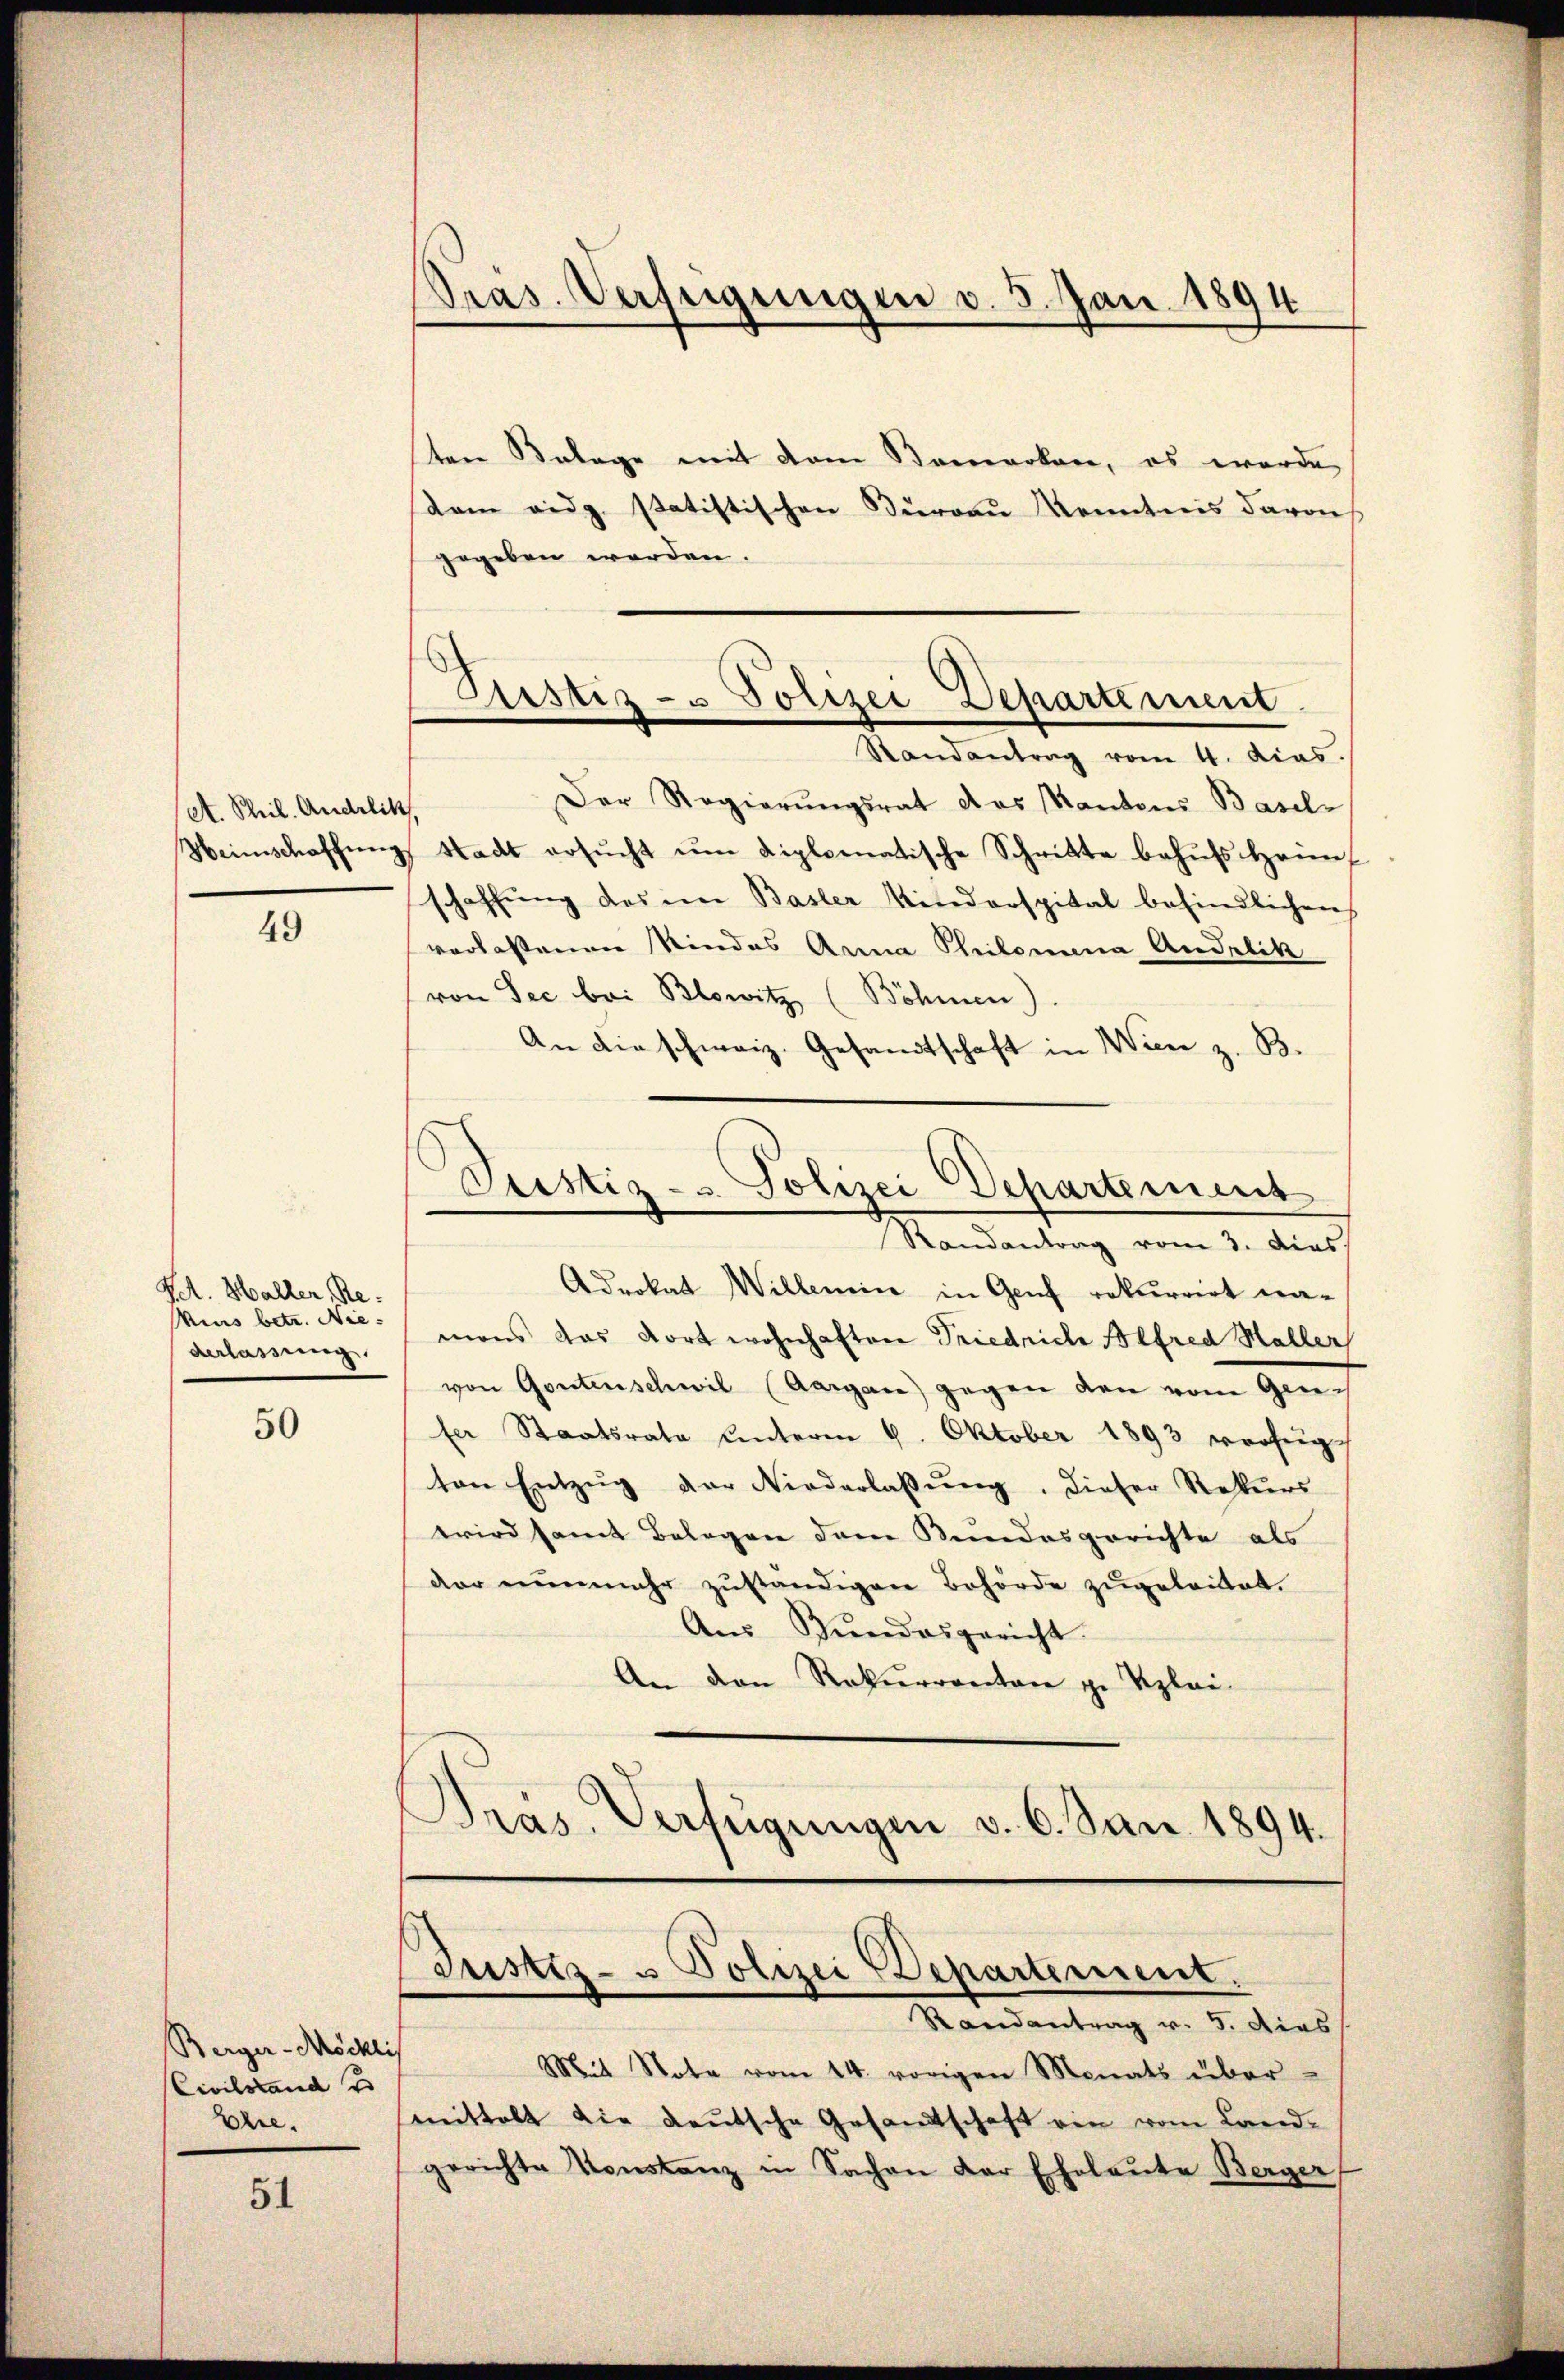
A. Phil. Andelik

49

Pct. Haller, Reverlassung.

50

Berger-Möckli
Civilstand u
Ehre.

51

ten Belage mit dem Bemerken, es werde,
kam eidg. statistischen Büreau Kenntnis davon
gegeben werden.
Der Regierungsrat des Kantons Basel-
Weinschaffung Stadt ersucht um diplomatische Schritte behufs Heimschaffŭng des in Basler Kinderspital befindlichen
verlassenen Kindes Anna Philomina Andelik
von See bei Blowitz (Böhmen).
An die schweiz. Gesandtschaft in Wien z. B.
Justiz- & Polizei Departement
Randantrag vom 3. dies
Advokat Willemin in Genf rekurrirt na-
Mins betr. Nic: mons das dort wohnhaften Friedrich Alfred Haller
von Gontenschwil (Aargau gegen den vom Genfer Staatsrate unterm 9. Oktober 1893 verfügt
ton Entzug der Niederlassung, dieser Rekurs
wird samt Belegen dene Kundesgerichte als
dar einenmehr zŭständigen Behörde zugeleitet.
Aus Gundesgericht.
An den Rekurrenten zu Klei-
Präs. Verfügŭngen v. 6. Jun. 1894.

Pras. Verfeigungen d. 5. Jan. 1894

Justiz- & Polizei Departement.
Randantrag vom 4. dias.

Justiz- u Polizei Departement.
Randantrag v. 5. dies

Mit Note vom 14. vorigen Monats über
mittelt die deutsche Gesamtschaft ein vom Land-
gerichte Konstanz in Sachen der Eheleute Berger